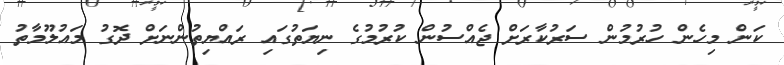
ކަން މިހެން ހުރުމުން ސަރުކާރަށް ޖެއްސުން ކުރުމުގެ ނިޔަތުގައި ރައްޔިތުންނަށް ދޮގު މައުލޫމާތު